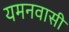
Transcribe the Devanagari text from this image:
यमनवासी